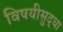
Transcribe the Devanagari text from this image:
विषयीसुद्धा